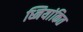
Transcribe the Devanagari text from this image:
ध्नियांकित